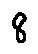
8